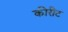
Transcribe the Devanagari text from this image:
कीरीट